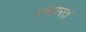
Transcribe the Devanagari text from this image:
ब्न्हारत